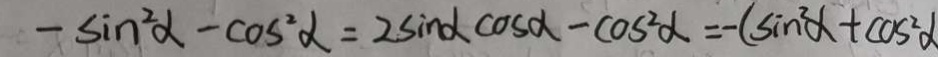
- \sin ^ { 2 } \alpha - \cos ^ { 2 } \alpha = 2 \sin \alpha \cos \alpha - \cos ^ { 2 } \alpha = - ( \sin ^ { 2 } \alpha + \cos ^ { 2 } \alpha